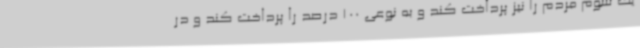
یک سوم مردم را نیز پرداخت کند و به نوعی 100 درصد را پرداخت کند و در